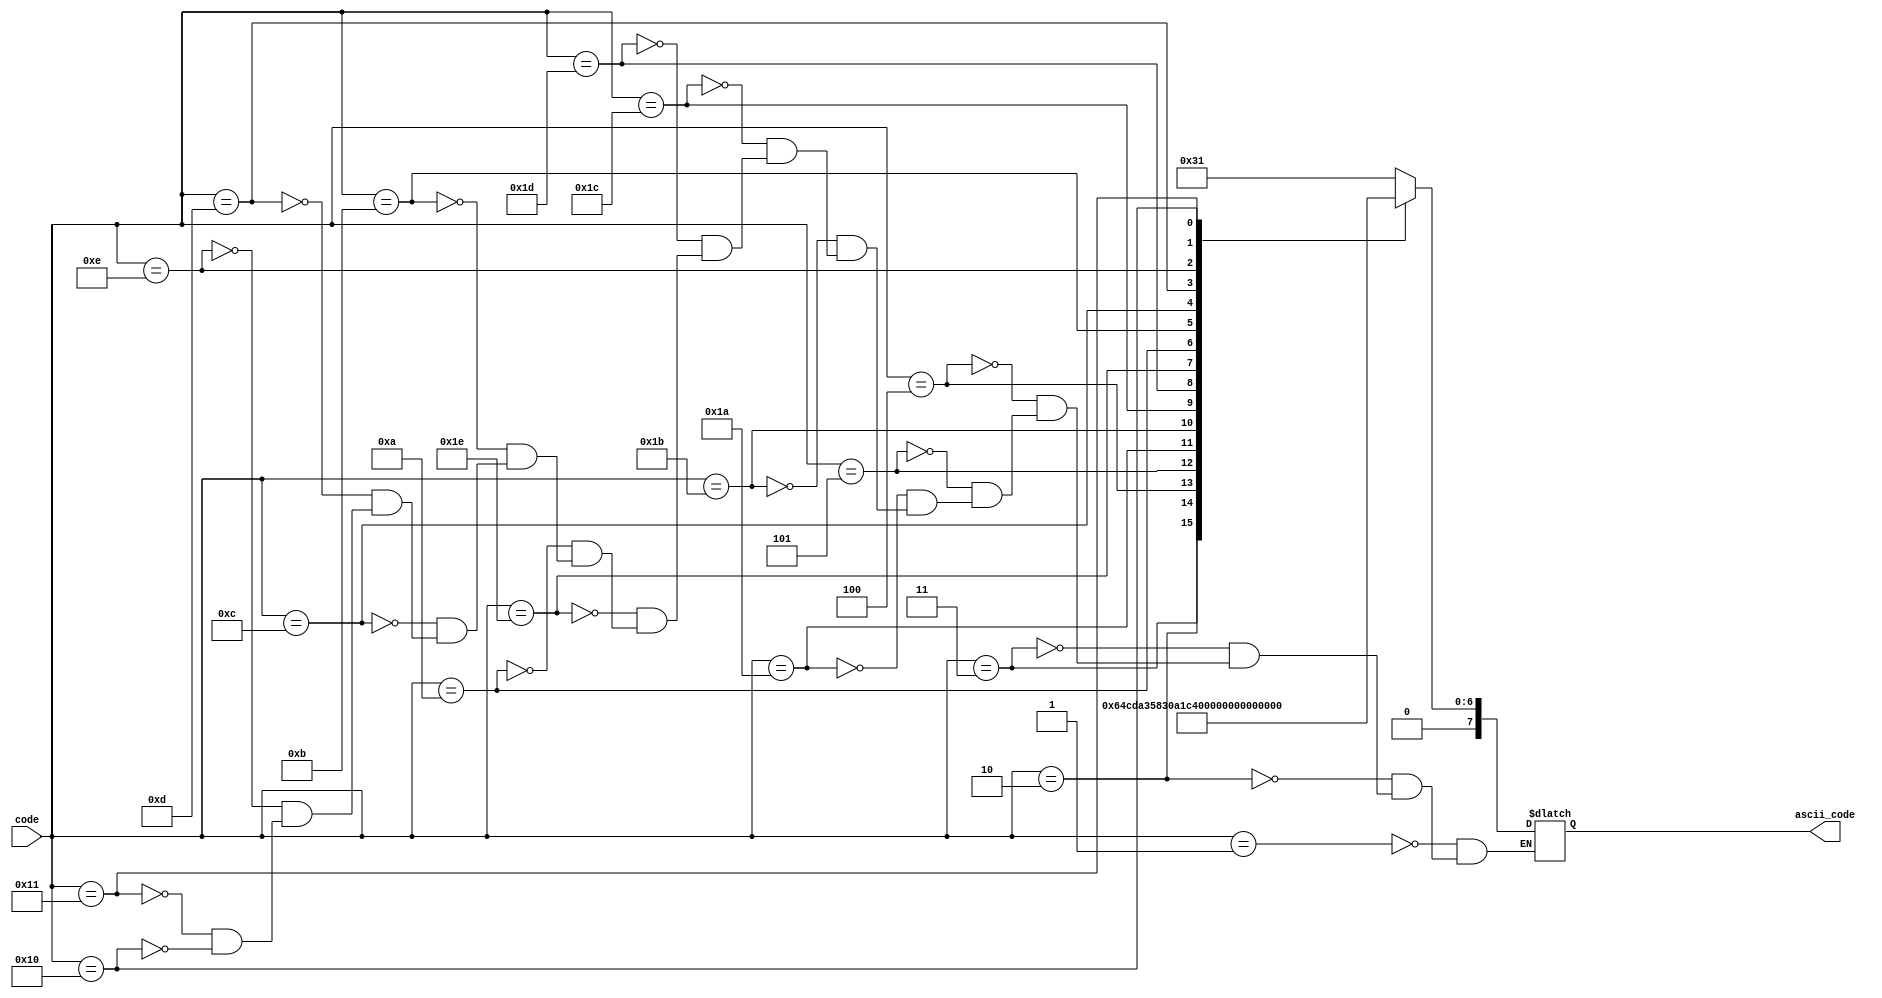
`timescale 1ns / 1ps
//////////////////////////////////////////////////////////////////////////////////
// Company: 
// Engineer: 
// 
// Design Name: 
// Module Name: ASCII_CODER
// Project Name: 
// Target Devices: 
// Tool Versions: 
// Description: 
// 
// Dependencies: 
// 
// Revision:
// Revision 0.01 - File Created
// Additional Comments:
// 
//////////////////////////////////////////////////////////////////////////////////


module ASCII_CODER (code, ascii_code);
input [4:0] code;
output reg [7:0] ascii_code;

always @(*) begin
    case (code)
    
        5'b00001: ascii_code <= 8'h31;//1
        5'b00010: ascii_code <= 8'h32;//2
        5'b00011: ascii_code <= 8'h33;//3
        5'b00100: ascii_code <= 8'h34;//4
        5'b00101: ascii_code <= 8'h35;//5    
    
        5'b11010: ascii_code <= 8'h41;//A
        5'b11011: ascii_code <= 8'h42;//B
        5'b11100: ascii_code <= 8'h43;//C
        5'b11101: ascii_code <= 8'h44;//D
        5'b11110: ascii_code <= 8'h45;//E

        5'b01010: ascii_code <= 8'h61;//a
        5'b01011: ascii_code <= 8'h62;//b
        5'b01100: ascii_code <= 8'h63;//c
        5'b01101: ascii_code <= 8'h64;//d
        5'b01110: ascii_code <= 8'h65;//e

        5'b10001: ascii_code <= 8'h2b;//+
        5'b10000: ascii_code <= 8'h0d;// 
    endcase
end
endmodule